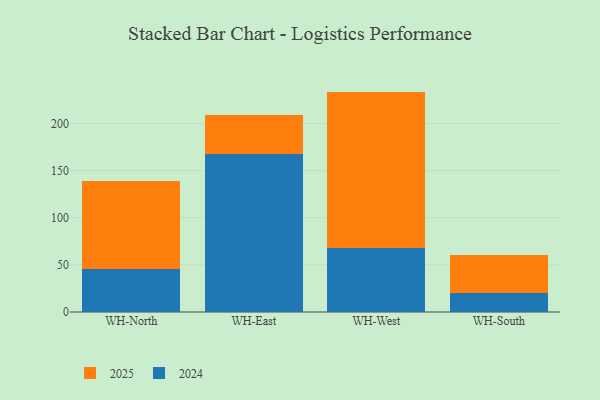
{"axis": {"x": "Warehouse", "y": "Revenue (USD Million)"}, "legend": ["2024", "2025"], "data": [{"x": "WH-North", "y": 93.5, "type": "2025"}, {"x": "WH-North", "y": 45.4, "type": "2024"}, {"x": "WH-East", "y": 41.6, "type": "2025"}, {"x": "WH-East", "y": 168.0, "type": "2024"}, {"x": "WH-West", "y": 165.6, "type": "2025"}, {"x": "WH-West", "y": 68.3, "type": "2024"}, {"x": "WH-South", "y": 39.8, "type": "2025"}, {"x": "WH-South", "y": 20.6, "type": "2024"}]}